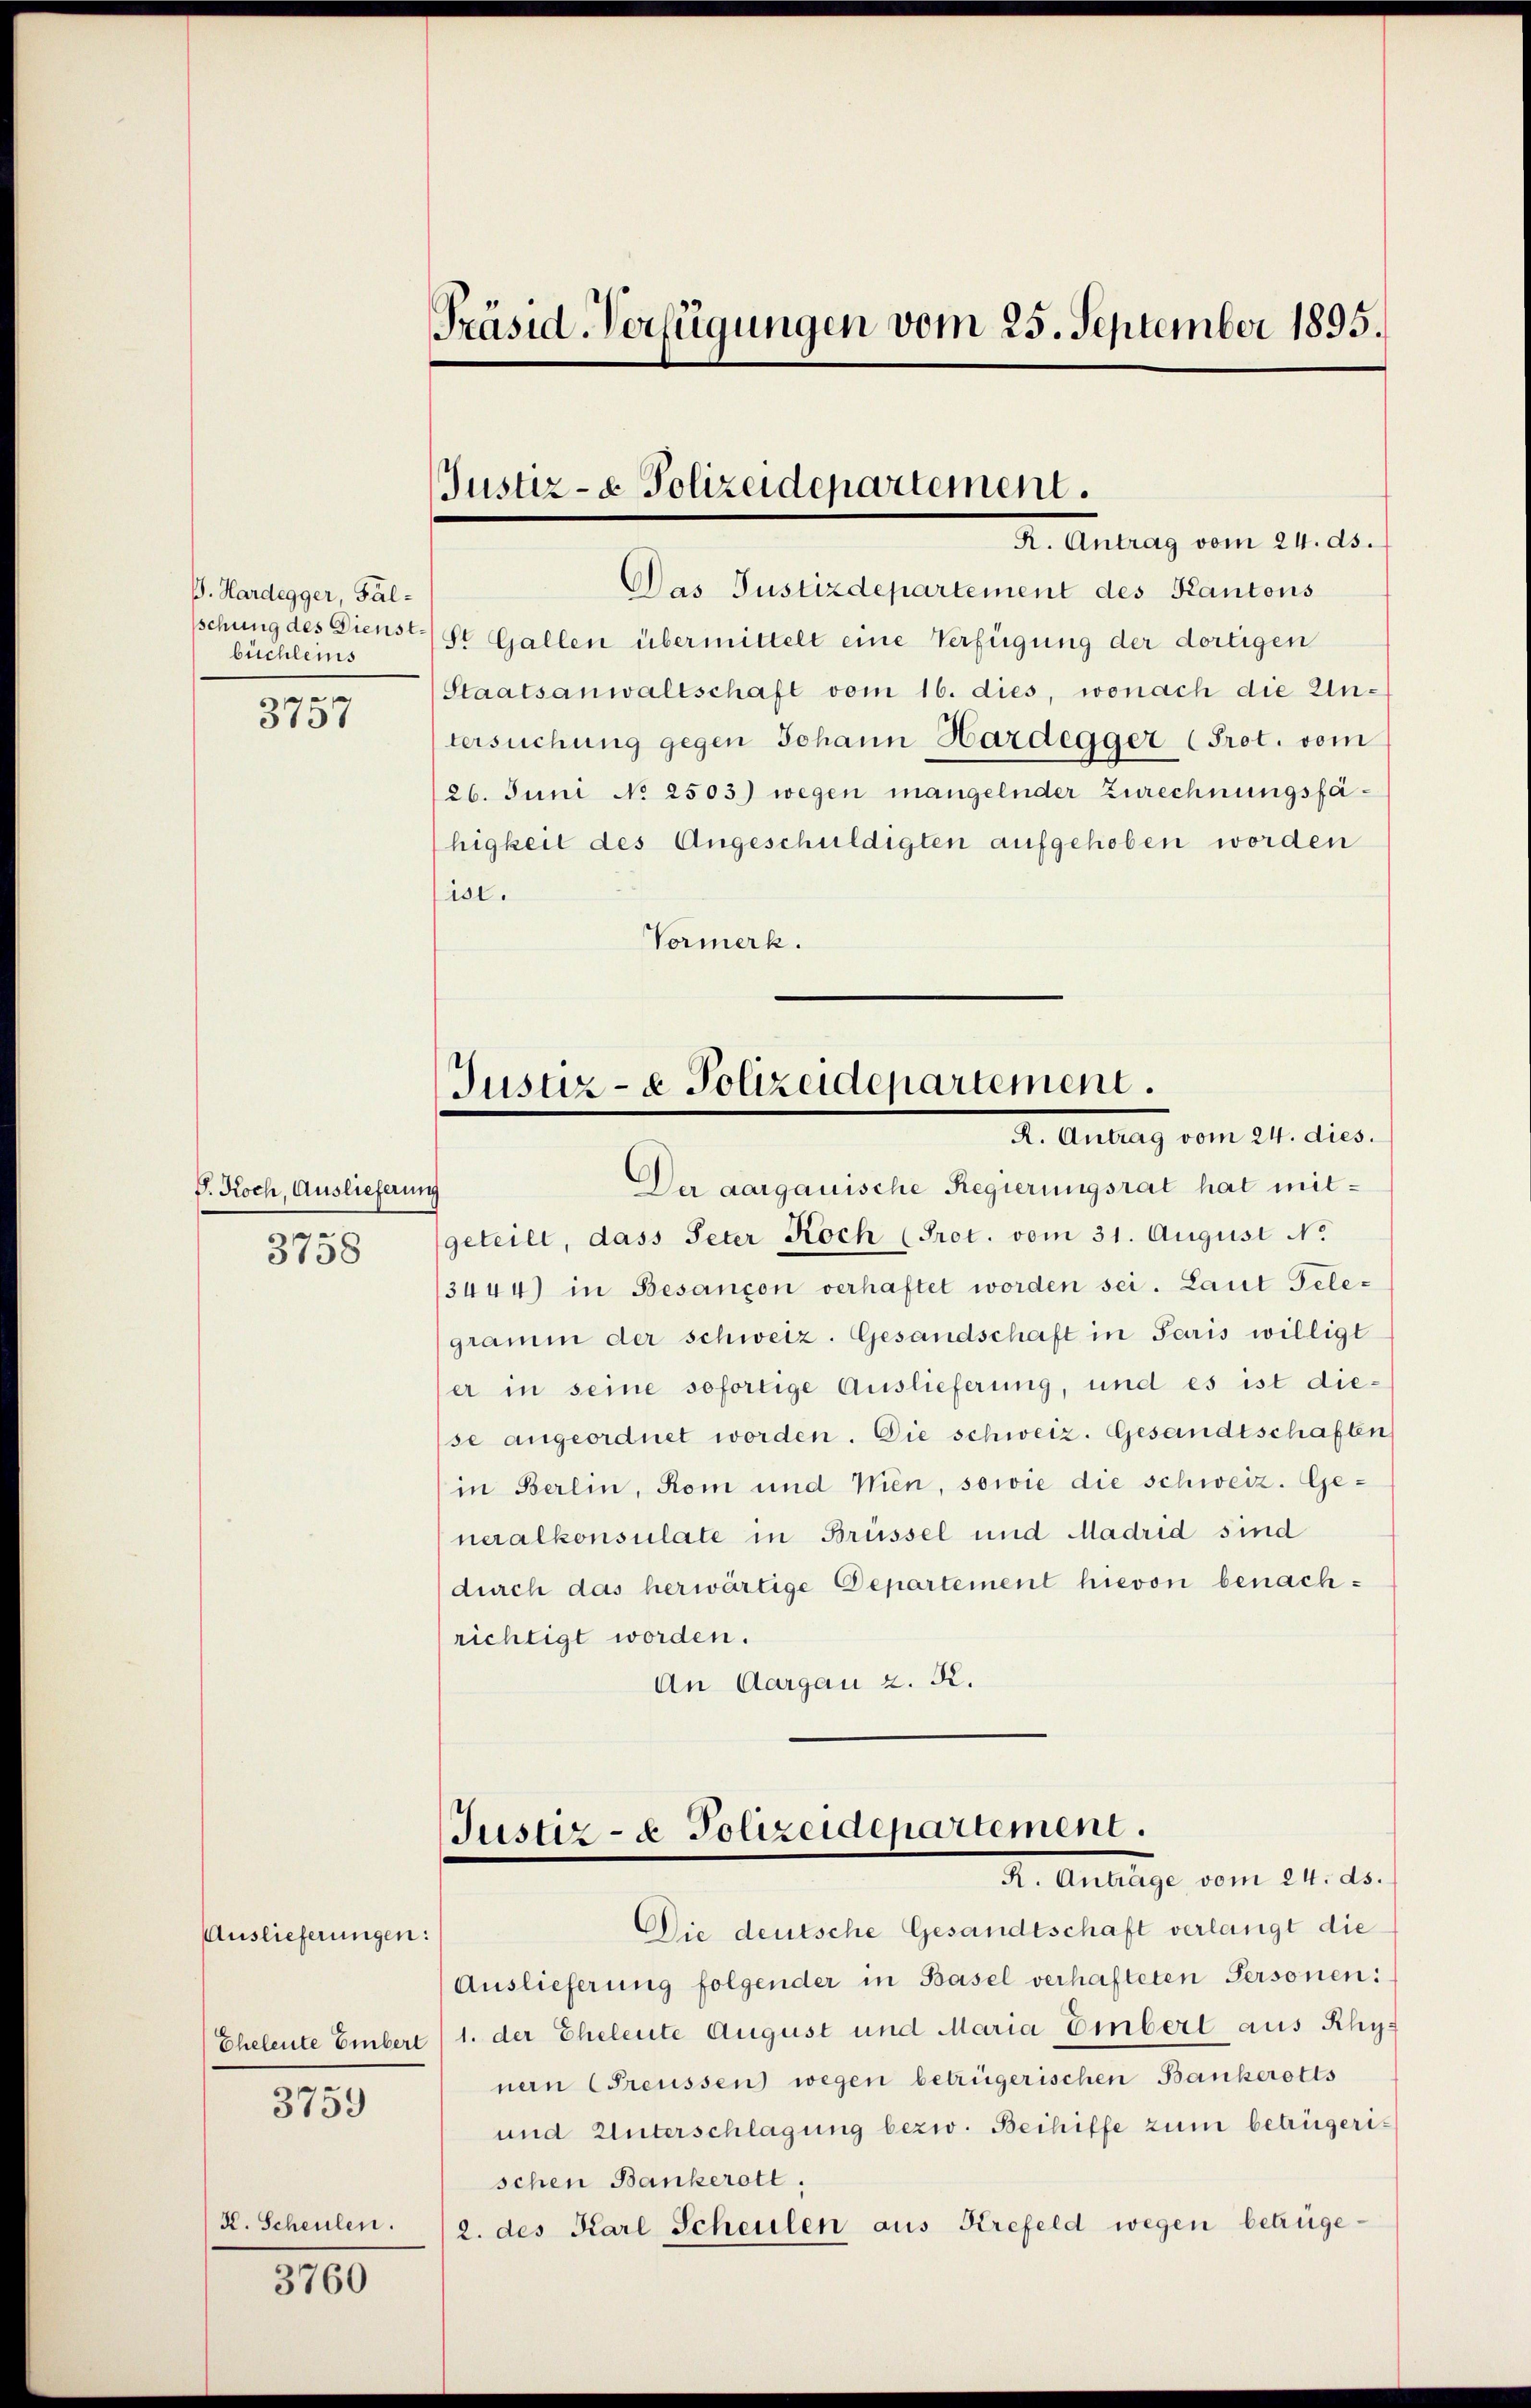
B. Hardegger, Fälschung des Dienstbüchleins
e
313

J. Koch, Auslieferun
3758

Auslieferungen:
3759

K. Scheulen.
3760

Präsid-Verfügungen vom 25. September 1895.

Justiz- & Polizeidepartement.
Dr. Antrag vom 21. ds.

Das Justizdepartement des Kantons
St. Gallen übermittelt eine Verfügung der dortigen
Staatsanwaltschaft vom 16. dies, wonach die Untersuchung gegen Johann Hardegger (Prot. vom
126. Juni No 2503) wegen mangelnder Zurechnungsfähigkeit des Angeschuldigten aufgehoben worden
ist.
Vormerk.

Justiz- & Polizeidepartement.
A. Antrag vom 21. dies

Justiz- & Polizeidepartement.
I. Antrage vom 21. der
Die deutsche Gesandtschaft verlangt die

.
Der aargauische Regierungsrat hat mitgeteilt, dass Peter Koch (Prot. vom 31. August No.
3444) in Besançon verhaftet worden sei. Laut Telegramm der schweiz. Gesandschaft in Paris willigt
ser in seine sofortige Auslieferung, und es ist diese angeordnet worden. Die schweiz. Gesandtschaften
in Berlin, Rom und Wien, sowie die schweiz. Ge-
neralkonsulate in Brüssel und Madrid sind
durch das herwärtige Departement hievon benachrichtigt worden.
An Aargau z. R.

Auslieferung folgender in Basel verhafteten Personen:
Eheleute Embert 1. der Eheleute August und Maria Einbert aus Rhy-
nern (Preussen) wegen betrügerischen Bankerotts
und Unterschlagung bezw. Beihiffe zum betrügerischen Bankerott,
2. des Karl Scheulen aus Krefeld wegen betrüge¬